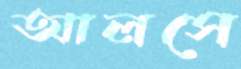
আলসে